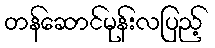
တန်ဆောင်မုန်းလပြည့်